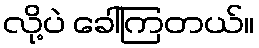
လို့ပဲ ခေါ်ကြတယ်။